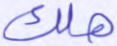
هلك